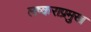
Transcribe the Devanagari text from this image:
लष्कराप्रमुख